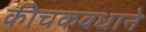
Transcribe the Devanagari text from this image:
कीचकवधाने